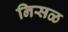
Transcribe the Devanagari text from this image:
निसळ